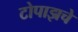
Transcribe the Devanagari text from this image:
टोपाझचे